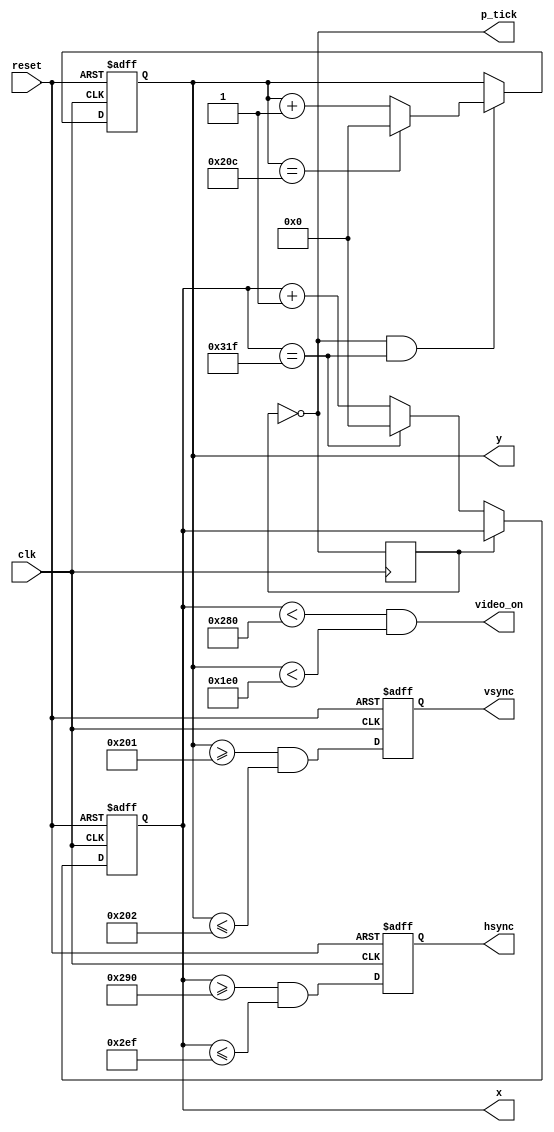
`timescale 1ns / 1ps

module vga_sync

	(
		input wire clk, reset,
		output wire hsync, vsync, video_on, p_tick,
		output wire [9:0] x, y
	);
	localparam H_DISPLAY       = 640;
	localparam H_L_BORDER      =  48;
	localparam H_R_BORDER      =  16; 
	localparam H_RETRACE       =  96; 
	localparam H_MAX           = H_DISPLAY + H_L_BORDER + H_R_BORDER + H_RETRACE - 1;
	localparam START_H_RETRACE = H_DISPLAY + H_R_BORDER;
	localparam END_H_RETRACE   = H_DISPLAY + H_R_BORDER + H_RETRACE - 1;
	
	localparam V_DISPLAY       = 480;
	localparam V_T_BORDER      =  10; 
	localparam V_B_BORDER      =  33; 
	localparam V_RETRACE       =   2;
	localparam V_MAX           = V_DISPLAY + V_T_BORDER + V_B_BORDER + V_RETRACE - 1;
        localparam START_V_RETRACE = V_DISPLAY + V_B_BORDER;
	localparam END_V_RETRACE   = V_DISPLAY + V_B_BORDER + V_RETRACE - 1;
	
	
	reg pixel_reg;
	wire pixel_next, pixel_tick;
	
	always @(posedge clk)
		pixel_reg <= pixel_next;
	
	assign pixel_next = ~pixel_reg; 
	
	assign pixel_tick = (pixel_reg == 0); 
	
	
	reg [9:0] h_count_reg, h_count_next, v_count_reg, v_count_next;
	

	reg vsync_reg, hsync_reg;
	wire vsync_next, hsync_next;
 

	always @(posedge clk, posedge reset)
		if(reset)
		    begin
                    v_count_reg <= 0;
                    h_count_reg <= 0;
                    vsync_reg   <= 0;
                    hsync_reg   <= 0;
	            end
		else
		    begin
                    v_count_reg <= v_count_next;
                    h_count_reg <= h_count_next;
                    vsync_reg   <= vsync_next;
                    hsync_reg   <= hsync_next;
	            end
			
	
	always @*
		begin
		h_count_next = pixel_tick ? 
		               h_count_reg == H_MAX ? 0 : h_count_reg + 1
			       : h_count_reg;
		
		v_count_next = pixel_tick && h_count_reg == H_MAX ? 
		               (v_count_reg == V_MAX ? 0 : v_count_reg + 1) 
			       : v_count_reg;
		end
		
       
        assign hsync_next = h_count_reg >= START_H_RETRACE 
                            && h_count_reg <= END_H_RETRACE;
   
        assign vsync_next = v_count_reg >= START_V_RETRACE 
                            && v_count_reg <= END_V_RETRACE;

     
        assign video_on = (h_count_reg < H_DISPLAY) 
                           && (v_count_reg < V_DISPLAY);

        assign hsync  = hsync_reg;
        assign vsync  = vsync_reg;
        assign x      = h_count_reg;
        assign y      = v_count_reg;
        assign p_tick = pixel_tick;
endmodule